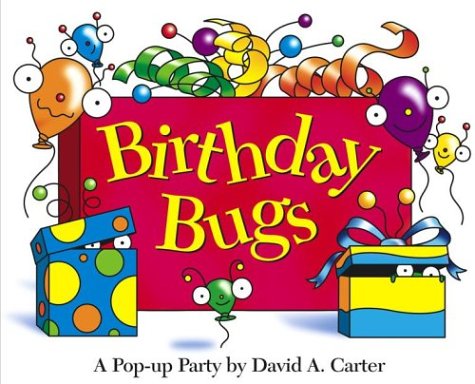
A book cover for Birthday Bugs: A Pop-up Party by David A. Carter; David A. Carter; Children's Books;